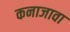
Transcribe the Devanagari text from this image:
कनाजावा